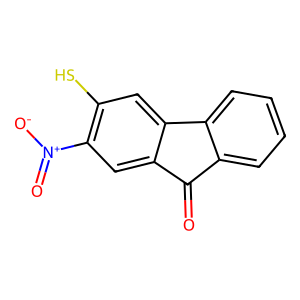
SMILES: O=C1c2ccccc2-c2cc(S)c([N+](=O)[O-])cc21
Inhibits HIV replication: No